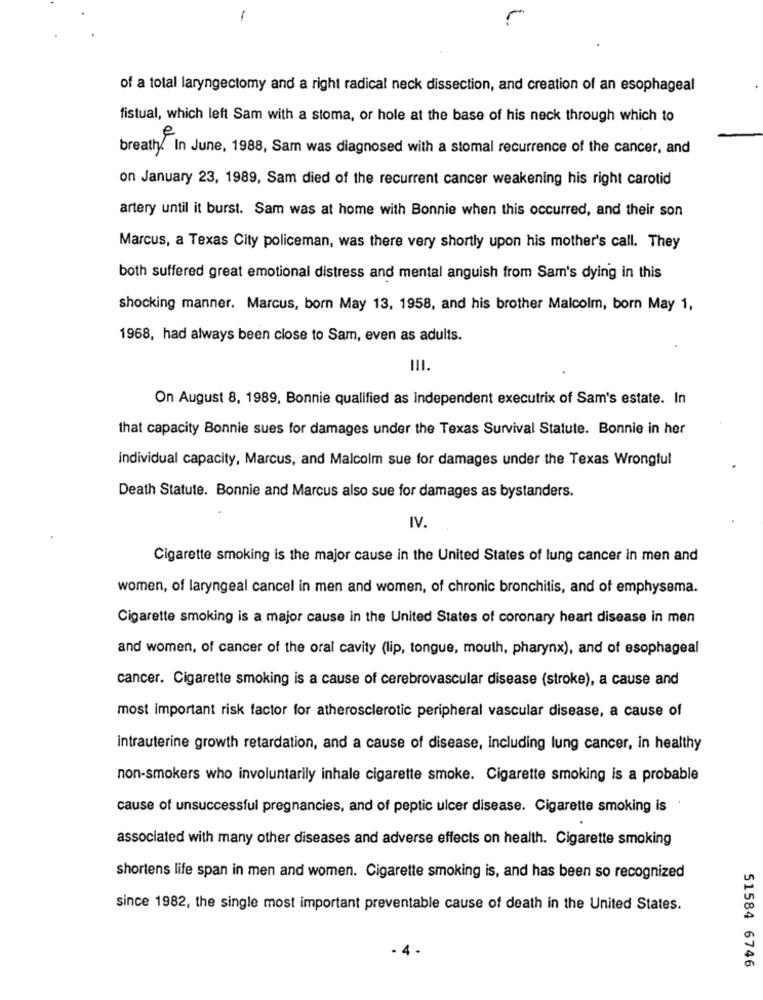
of a total laryngectomy and a right radical neck dissection, and creation of an esophageal
fistual, which left Sam with a stoma, or hole at the base of his neck through which to
e
breath. In June, 1988, Sam was diagnosed with a stomal recurrence of the cancer, and
on January 23, 1989, Sam died of the recurrent cancer weakening his right carotid
artery until it burst. Sam was at home with Bonnie when this occurred, and their son
Marcus, a Texas City policeman, was there very shortly upon his mother's call. They
both suffered great emotional distress and mental anguish from Sam's dying in this
shocking manner. Marcus, born May 13, 1958, and his brother Malcolm, born May 1,
1968, had always been close to Sam, even as adults.
III.
On August 8, 1989, Bonnie qualified as independent executrix of Sam's estate. In
that capacity Bonnie sues for damages under the Texas Survival Statute. Bonnie in her
individual capacity, Marcus, and Malcolm sue for damages under the Texas Wrongful
Death Statute. Bonnie and Marcus also sue for damages as bystanders.
IV.
Cigarette smoking is the major cause in the United States of lung cancer in men and
women, of laryngeal cancel in men and women, of chronic bronchitis, and of emphysema.
Cigarette smoking is a major cause in the United States of coronary heart disease in men
and women, of cancer of the oral cavity (lip, tongue, mouth, pharynx), and of esophageal
cancer. Cigarette smoking is a cause of cerebrovascular disease (stroke), a cause and
most important risk factor for atherosclerotic peripheral vascular disease, a cause of
Intrauterine growth retardation, and a cause of disease, including lung cancer, in healthy
non-smokers who involuntarily inhale cigarette smoke. Cigarette smoking is a probable
cause of unsuccessful pregnancies, and of peptic ulcer disease. Cigarette smoking is
associated with many other diseases and adverse effects on health. Cigarette smoking
shortens life span in men and women. Cigarette smoking is, and has been so recognized
since 1982, the single most important preventable cause of death in the United States.
4.
51584 6746